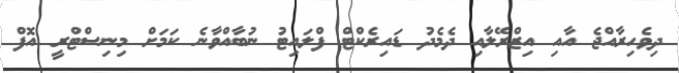
ދިވެހިރާއްޖެ އާއި އިޒްރޭލާއި ދެމެދު ޑައިރެކްޓް ފްލައިޓު ނުބާއްވާނެ ކަމަށް މިނިސްޓްރީ އޮފް